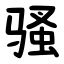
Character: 骚